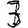
Digit: 3